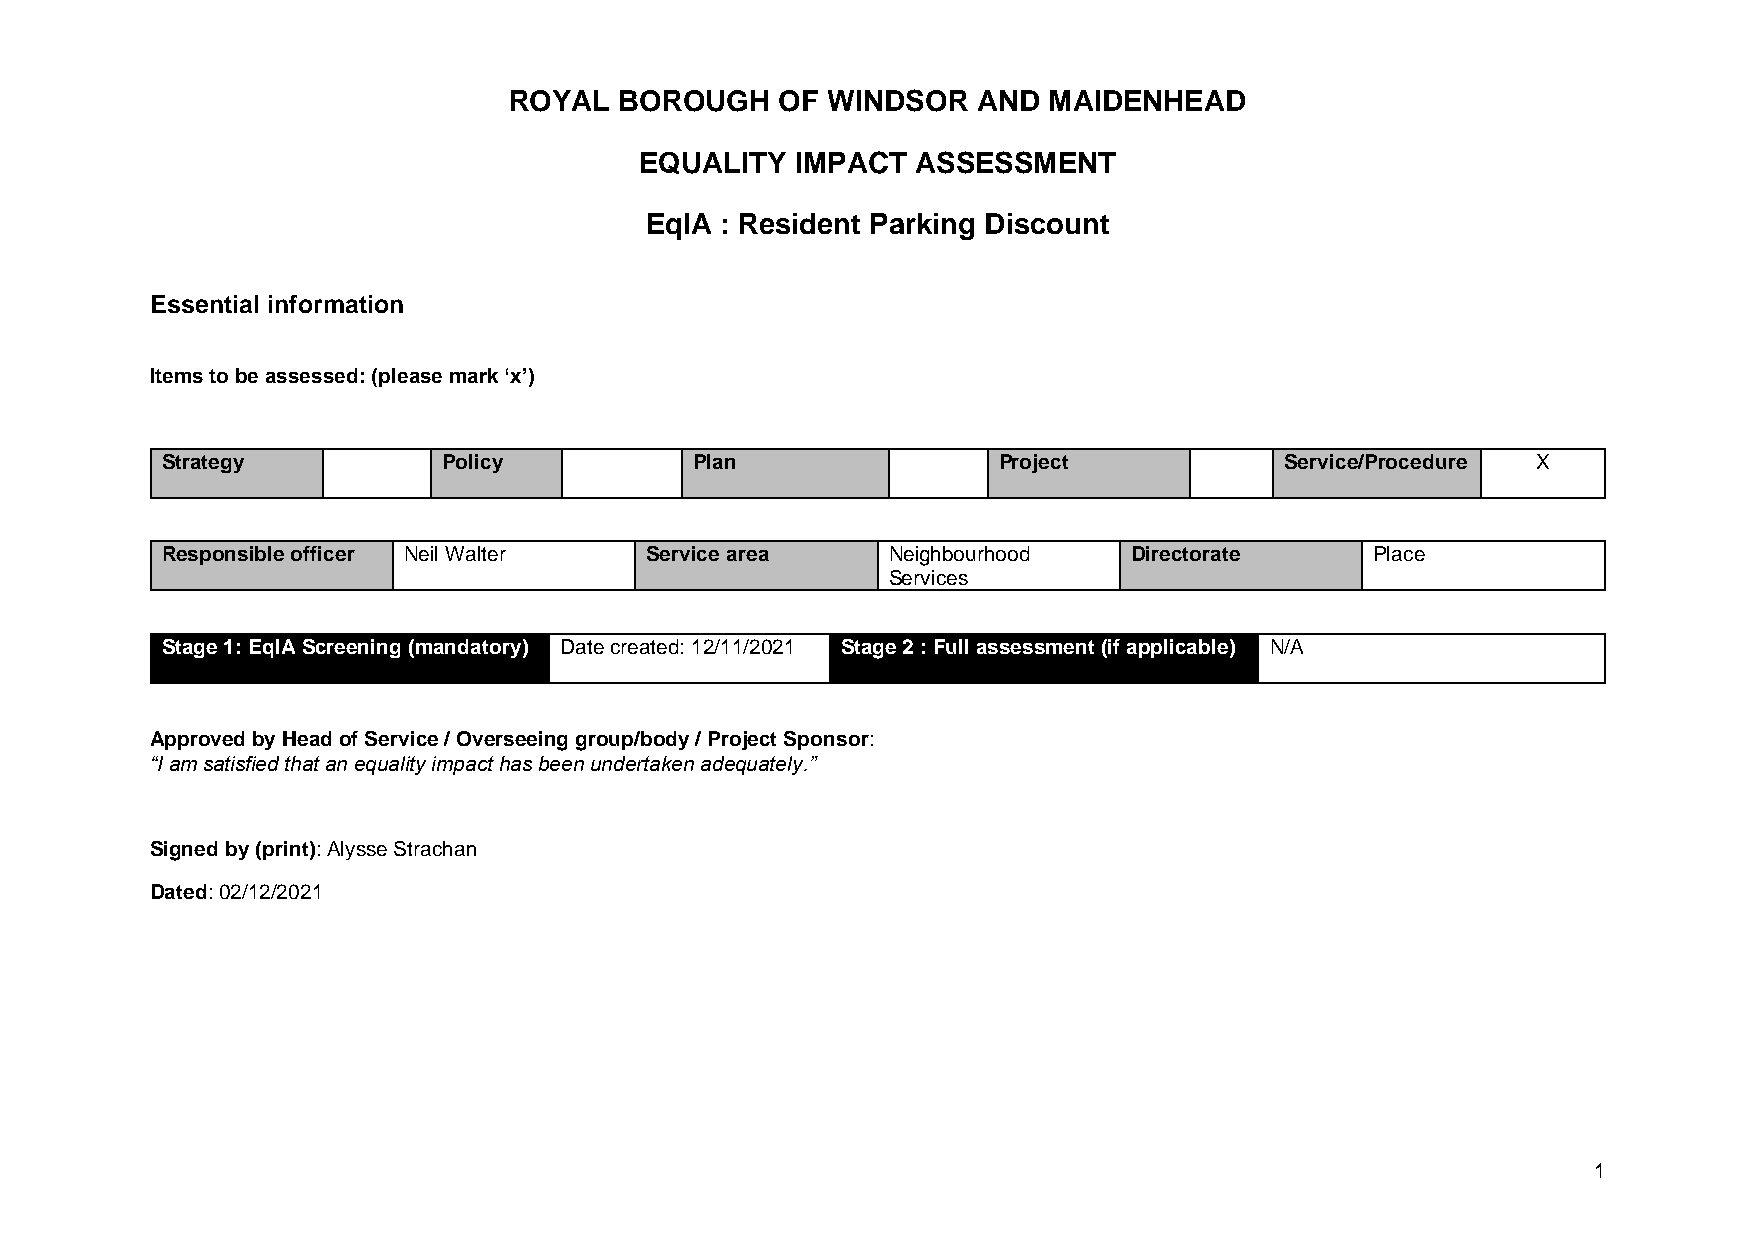
ROYAL  BOROUGH    OF WINDSOR   AND MAIDENHEAD
 EQUALITY   IMPACT  ASSESSMENT
 EqIA : Resident Parking Discount
 Essential information
 Items to be assessed: (please mark ‘x’)
 Strategy          Policy           Plan                Project            Service/Procedure X
 Responsible officer Neil Walter Service area    Neighbourhood   Directorate     Place
 Services
 Stage 1: EqIA Screening (mandatory) Date created: 12/11/2021 Stage 2 : Full assessment (if applicable) N/A
 Approved by Head of Service / Overseeing group/body / Project Sponsor:
 “I am satisfied that an equality impact has been undertaken adequately.”
 Signed by (print): Alysse Strachan
 Dated: 02/12/2021
 1